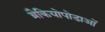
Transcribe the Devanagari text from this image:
ब्रैकियोपोडाओं